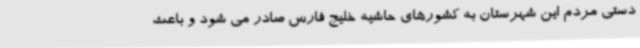
دستی مردم این شهرستان به کشورهای حاشیه خلیج فارس صادر می شود و باعث